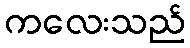
ကလေးသည်